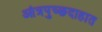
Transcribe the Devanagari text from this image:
आंत्रपुच्छदाहात